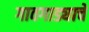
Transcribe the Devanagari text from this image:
गावगाड्याचे